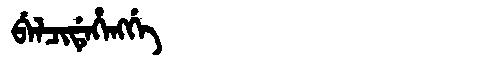
Manchu: ᠪᡝᠯᠴᡳᡩᡝᡥᡝᠩᡤᡝ
Romanization: BELCIDEHENGGE